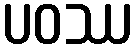
ပဝဿ